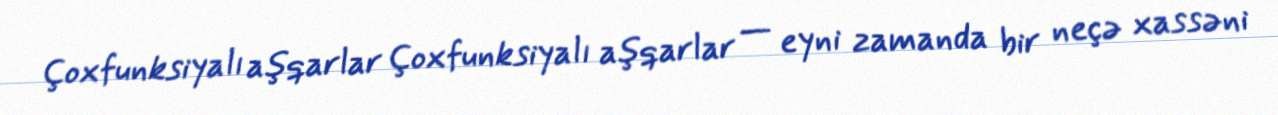
Çoxfunksiyalı aşqarlar Çoxfunksiyalı aşqarlar — eyni zamanda bir neçə xassəni